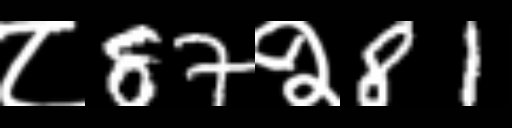
Text: ८87२81